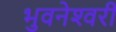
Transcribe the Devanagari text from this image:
भुवनेश्‍वरी